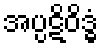
အပ္ပဋိဝိဒ္ဓံ